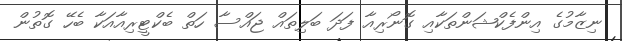
ނިޒާމުގެ އިންފެކްޝަންތަކާއި ގޮނޯރިއާ ފަދަ ބަލިތައް ޖައްސާ ހަތް ބެކްޓީރިއާއަކާ ބެހޭ ގޮތުން